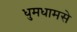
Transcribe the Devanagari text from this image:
धुमधामसे